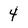
Character: 4